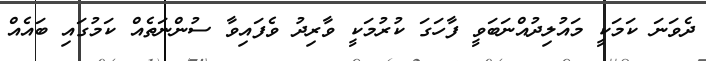
ދެވަނަ ކަމަކީ މައުލިދުއްނަބަވީ ފާހަގަ ކުރުމަކީ ވާރިދު ވެފައިވާ ސުންނަތެއް ކަމުގައި ބައެއް